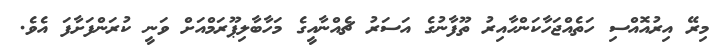
މިރޭ އިރުއޮއްސި ހަތެއްޖަހާކަންހާއިރު ތޫފާނުގެ އަސަރު ޗެއްނާއީގެ މަހާބާލިޕޫރަމްއަށް ވަނީ ކުރަންފަށާފަ އެވެ.